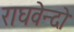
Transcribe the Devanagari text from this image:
राघवेन्दो